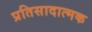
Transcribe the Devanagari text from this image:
प्रतिसादात्मक